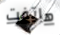
هاتفت